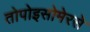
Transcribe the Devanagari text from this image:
तोपोइसोमेरसे